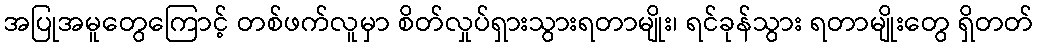
အပြုအမူတွေကြောင့် တစ်ဖက်လူမှာ စိတ်လှုပ်ရှားသွားရတာမျိုး၊ ရင်ခုန်သွား ရတာမျိုးတွေ ရှိတတ်